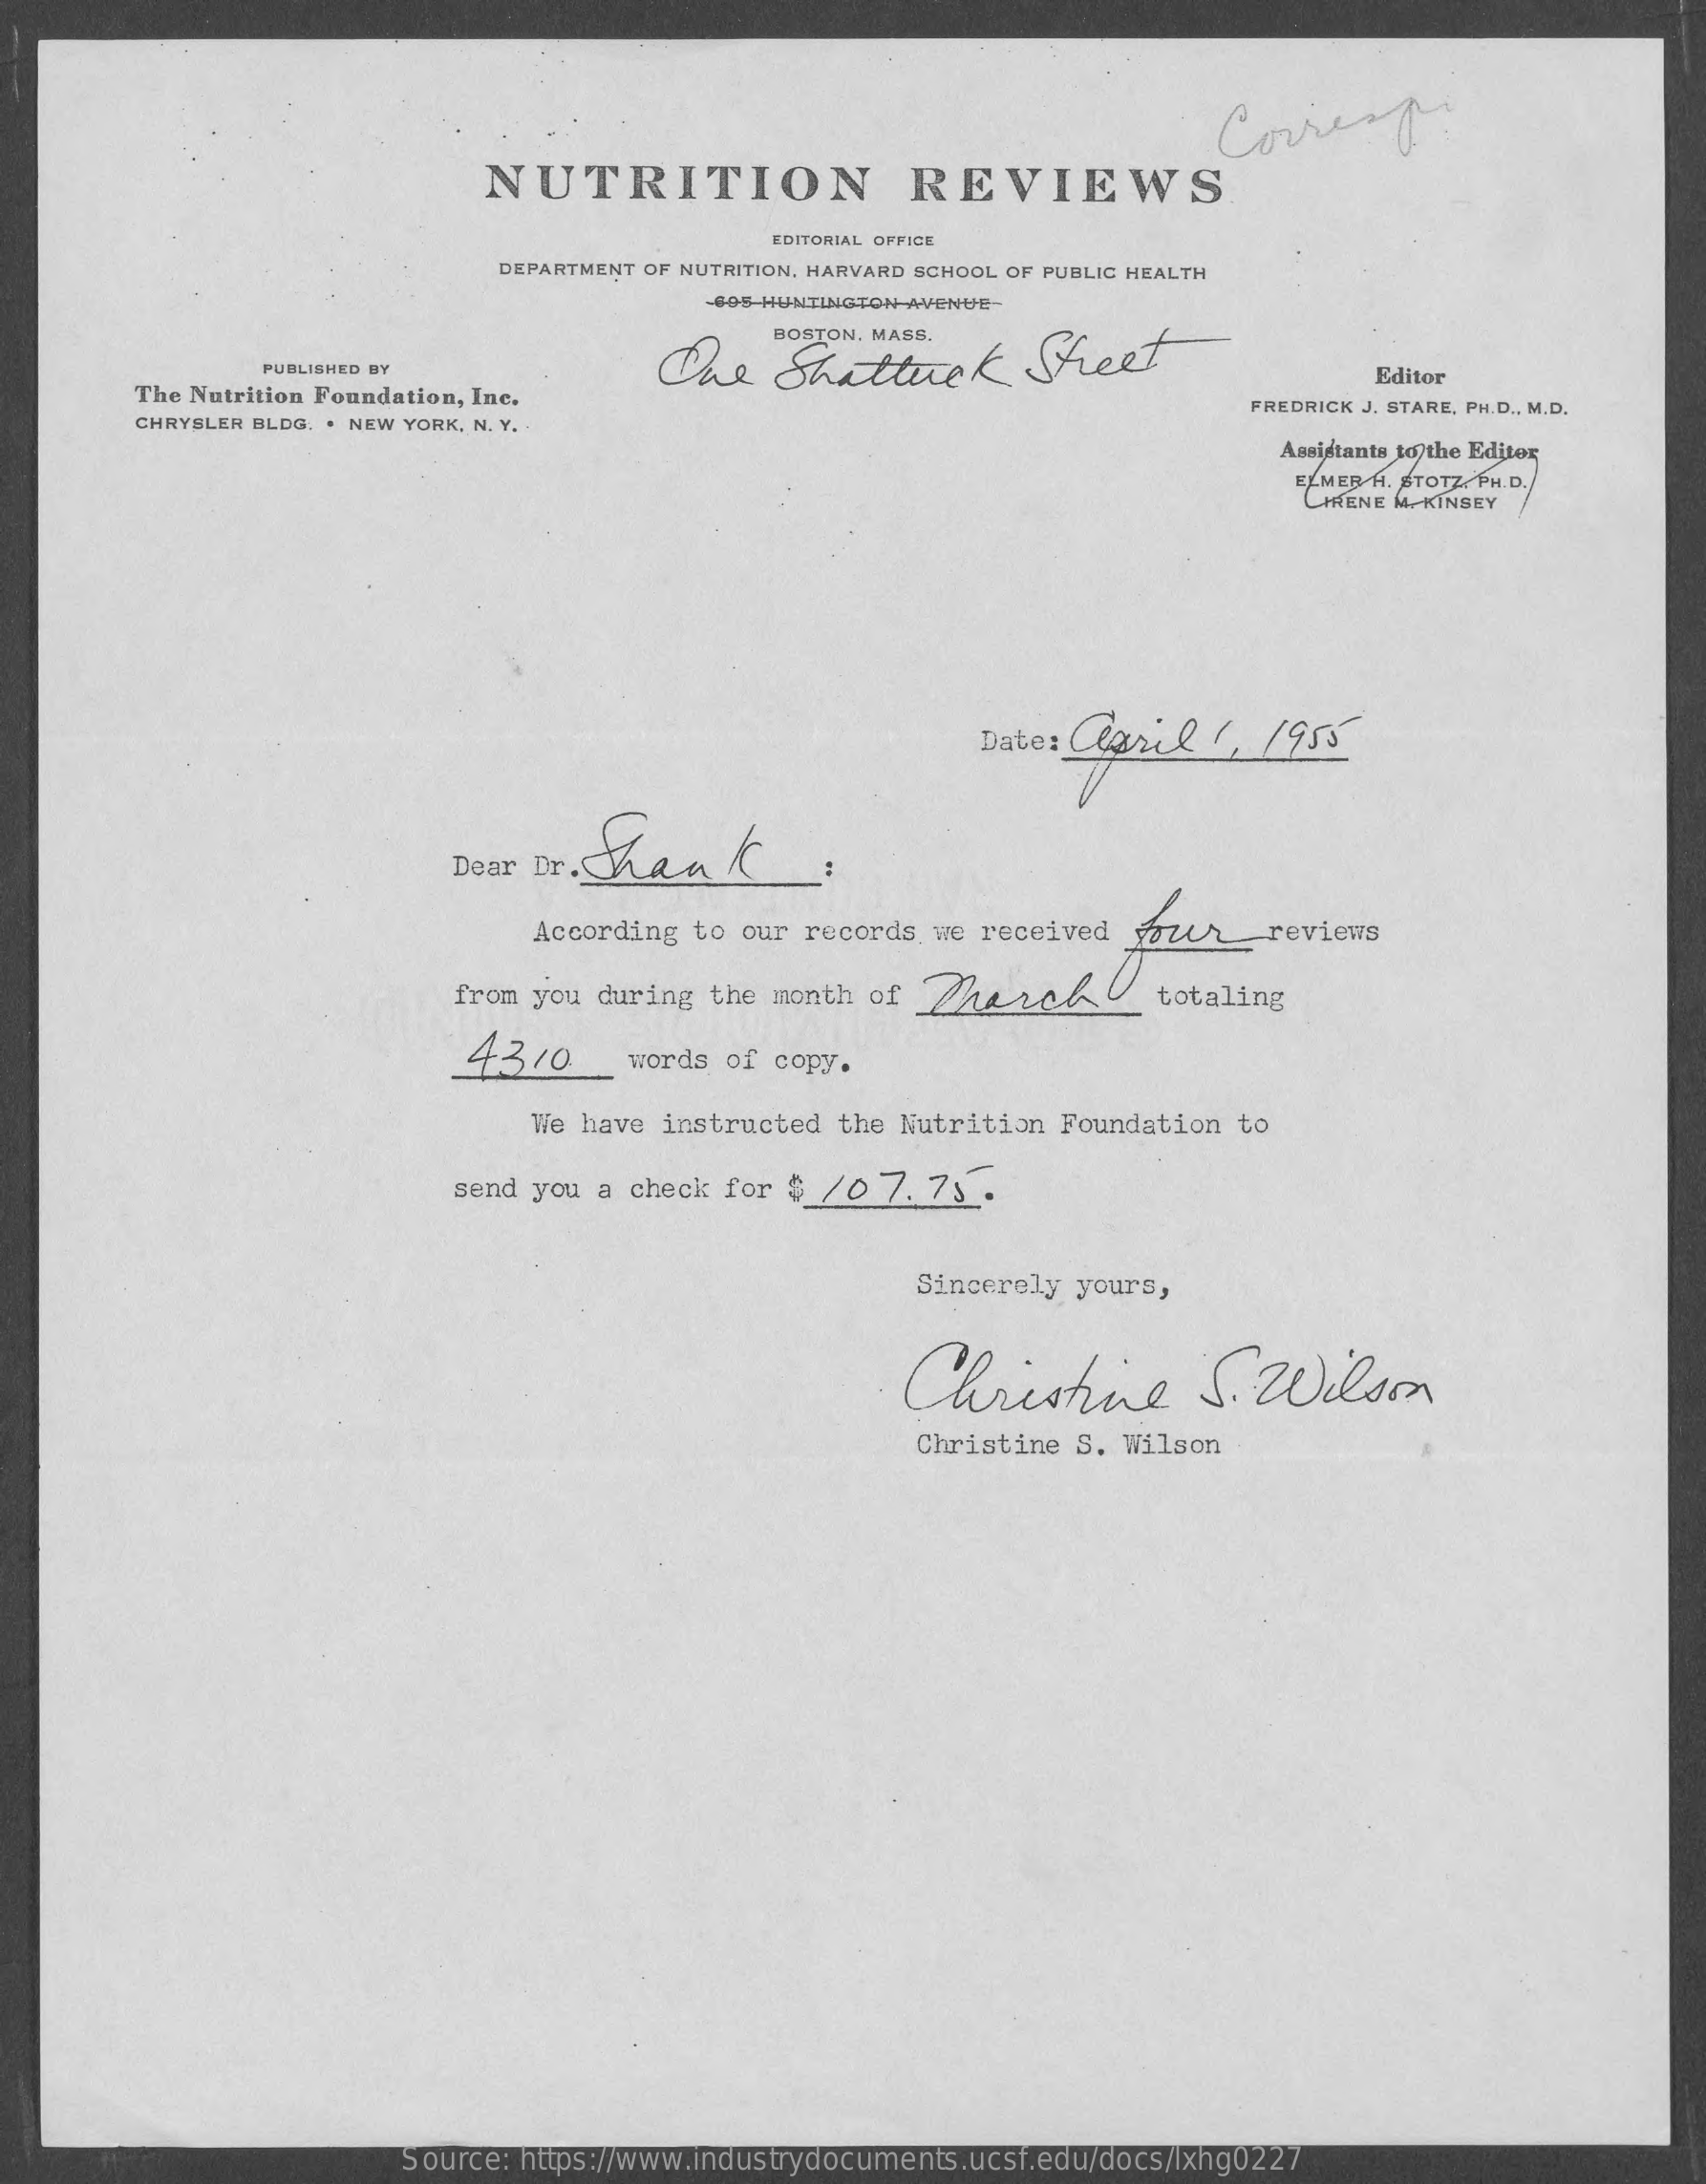
Corresp
     NUTRITION    REVIEWS
     EDITORIAL OFFICE
     DEPARTMENT OF NUTRITION, HARVARD SCHOOL OF PUBLIC HEALTH
     605 HUNTINGTON AVENUE-
     One    Shattuck    Street
     PUBLISHED BY
     The Nutrition Foundation, Inc.
     Editor
     CHRYSLER BLDG, . NEW YORK, N. Y.
     FREDRICK J. STARE, PH.D ., M.D.
     Assistants to the Editor
     ELMER/A. STOTZ. PH.D.
     LIENE M. KINSEY
     Date : Claril    , 1955
     Dear Dr.S Shank.
     According to our  records we received  fazer    reviews
     from you during  the month of  Dherce    totaling
     4310    words  of copy.
     We have instructed  the Nutrition Foundation  to
     send you a check for  $ /0  7. 73.
     Sincerely yours,
     Christine    S.  Wilson
     Christine S. Wilson
     Source: https://www.industrydocuments.ucsf.edu/docs/lxhg0227